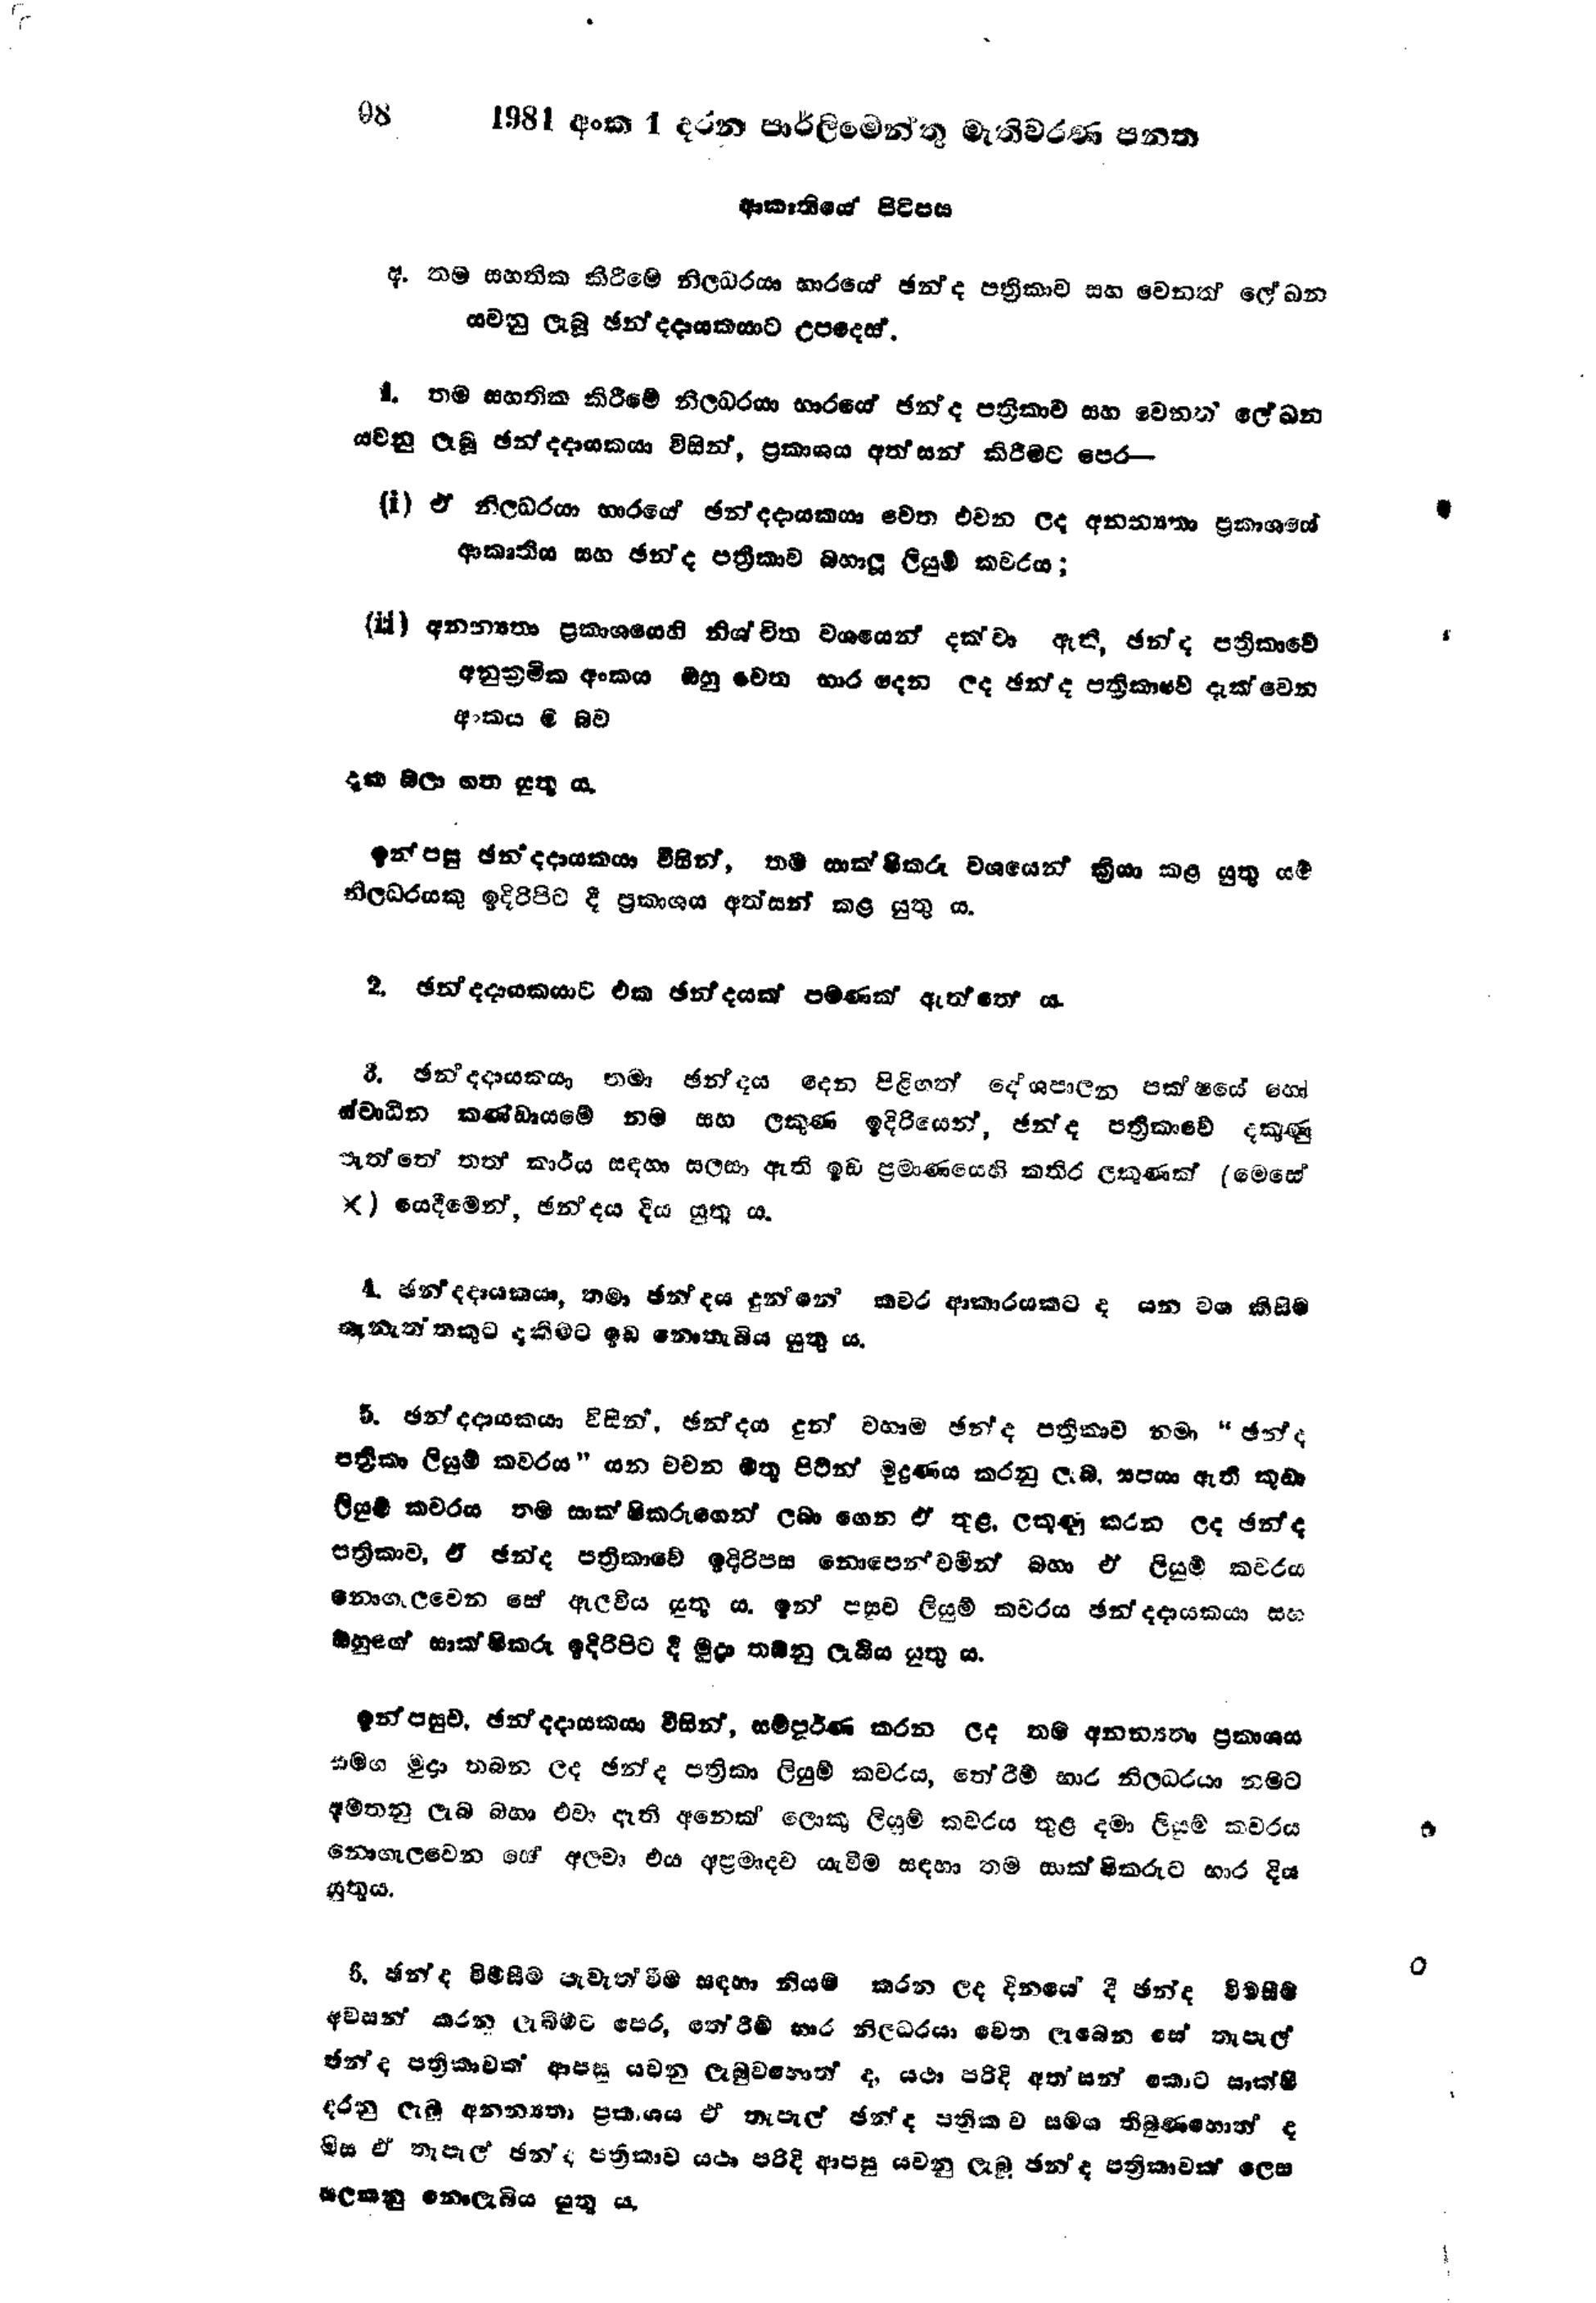
98	1981 අංක 1 දරන පාර්ලිමේන්තු මැතිවරණ පනත

ආකෘතියේ පිටිපස

අ. තම සහතික කිරීමේ නිලධරයා භාරයේ ඡන්ද පත්‍රිකාව සහ වෙනත් ලේඛන
යවනු ලැබූ ඡන්දදායකයාට උපදෙස්.

1. තම සහතික කිරීමේ නිලධරයා භාරයේ ඡන්ද පත්‍රිකාව සහ වෙනත් ලේඛන
යවනු ලැබූ ඡන්දදායකයාට විසින්, ප්‍රකාශය අත්සන් කිරීමට පෙර

(i) ඒ නිලධරයා භාරයේ ඡන්දදායකයා වෙත එවන ලද අනන්‍යතා ප්‍රකාශයේ
ආකෘතිය සහ ඡන්ද පත්‍රිකාව බහාලු ලියුම් කවරය ;

(4) අනන්‍යතා ප්‍රකාශයෙහි නිශ්චිත වශයෙන් දක්වා ඇති, ඡන්ද පත්‍රිකාවේ
අනුක්‍රමික අංකය ඔහු වෙත භාර දෙන ලද ඡන්ද පත්‍රිකාවේ දැක්වෙන
අංකය ම බව

දැක බලා ගත යුතු ය.

ඉන්පසු ඡන්දදායකයා විසින්, තම සාක්ෂිකරු වශයෙන් ක්‍රියා කළ යුතු යම්
නිලධරයකු ඉදිරිපිට දී ප්‍රකාශය අත්සන් කළ යුතු ය.

2. ඡන්දදායකයාට එක ඡන්දයක් පමණක් ඇත්තේ ය.

3. ඡන්දදායකයා තමා ඡන්දය දෙන පිළිගත් දේශපාලන පක්ෂයේ හෝ
ස්වාධීන කණ්ඩායමේ නම සහ ලකුණ ඉදිරියෙන්, ඡන්ද පත්‍රිකාවේ දකුණු
පැත්තේ තත් කාර්ය සඳහා සලසා ඇති ඉඩ ප්‍රමාණයෙහි කතිර ලකුණක් (මෙසේ
ද) යෙදීමෙන්, ඡන්දය දිය යුතු ය.

4. ඡන්දදායකයා, තමා ඡන්දය දුන්නේ කවර ආකාරයකට ද යන වශ කිසිම
තැනැත්තකුට දැකීමට ඉඩ නොතැබිය යුතු ය.

5. ඡන්දදායකයා විසින්, ඡන්දය දුන් වහාම ඡන්ද පත්‍රිකාව නමා "ඡන්ද
පත්‍රිකා ලියුම් කවරය" යන වචන මතු පිටින් මුද්‍රණය කරනු ලැබ, සපයා ඇති කුඩා
ලියුම් කවරය තම සාක්ෂිකරුගෙන් ලබා ගෙන ඒ තුළ ලකුණු කරන ලද ඡන්ද
පත්‍රිකාව, ඒ ඡන්ද පත්‍රිකාවේ ඉදිරිපස නොපෙන්වමින් බහා ඒ ලියුම් කවරය
නොගැලවෙන සේ ඇලවිය යුතු ය. ඉන් පසුව ලියුම් කවරය ඡන්දදායකයා සහ
ඔහුගේ සාක්ෂිකරු ඉදිරිපිට දී මුද්‍රා තබනු ලැබිය යුතු ය.

ඉන්පසුව, ඡන්දදායකයා විසින්, සම්පූර්ණ කරන ලද තම අනන්‍යතා ප්‍රකාශය
සමග මුද්‍රා තබන ලද ඡන්ද පත්‍රිකා ලියුම් කවරය, තේරීම් භාර නිලධරයා නමට
අමතනු ලැබ බහා එවා ඇති අනෙක් ලොකු ලියුම් කවරය තුළ දමා ලියුම් කවරය
නොගැලවෙන සේ අලවා එය අප්‍රමාදව යැවීම සඳහා තම සාක්ෂිකරුට භාර දිය
යුතු ය.

5. ඡන්ද විමසීම පැවැත්වීම සඳහා නියම කරන ලද දිනයේ දී ඡන්ද විමසීම
අවසන් කරන ලැබීමට පෙර, තේරීම් භාර නිලධරයා වෙත ලැබෙන සේ තැපැල්
ඡන්ද පත්‍රිකාවක් ආපසු යවනු ලැබුවහොත් ද, යථා පරිදි අත්සන් කොට සාක්ෂි
දරනු ලැබූ අනන්‍යතා ප්‍රකාශය ඒ තැපැල් ඡන්ද පත්‍රිකාව සමග තිබුණහොත් ද
මිස ඒ තැපැල් ඡන්ද පත්‍රිකාව යථා පරිදි ආපසු යවනු ලැබූ ඡන්ද පත්‍රිකාවක් ලෙස
සලකනු නොලැබිය යුතු ය.